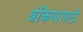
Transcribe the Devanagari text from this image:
अंकियानाटों